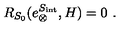
R _ { S _ { 0 } } ( e _ { \otimes } ^ { S _ { \mathrm { i n t } } } , H ) = 0 \ .